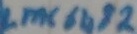
Text: LMC 6183